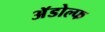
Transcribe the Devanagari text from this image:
अॅडोल्फ